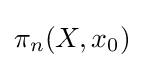
\pi _{n}(X,x_{0})